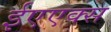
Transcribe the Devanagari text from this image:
ईएएक्स